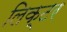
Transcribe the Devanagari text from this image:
लिक्टर